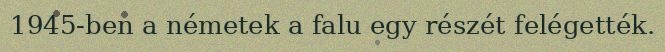
1945-ben a németek a falu egy részét felégették.